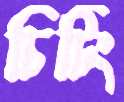
চিটিং